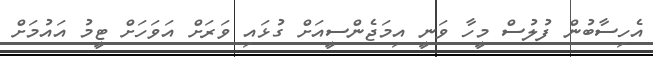
އެހިސާބުން ފުލުސް މީހާ ވަނީ އިމަޖެންސީއަށް ގުޅައި ވަރަށް އަވަހަށް ޓީމު އައުމަށް